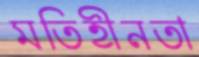
মতিহীনতা